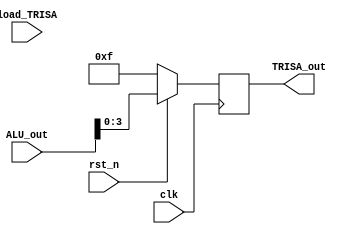
module TRISA_reg(input clk,rst_n,load_TRISA,
                 input[7:0] ALU_out,
                 output[3:0] TRISA_out);
       reg[7:0] TRISA_reg;
       assign TRISA_out=TRISA_reg[3:0];
       always@(posedge clk)
         if(!rst_n)
           TRISA_reg<=8'hFF;
         else
           TRISA_reg<=ALU_out;
endmodule